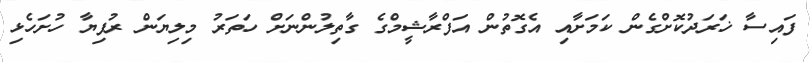
ފައިސާ ޚަރަދުކޮށްގެން ކަމަށާއި އެގޮތުން އަފްރާޝީމްގެ ގާތިލުންނަށް ހަތަރު މިލިޔަން ރުފިޔާ ހުށަހެޅި